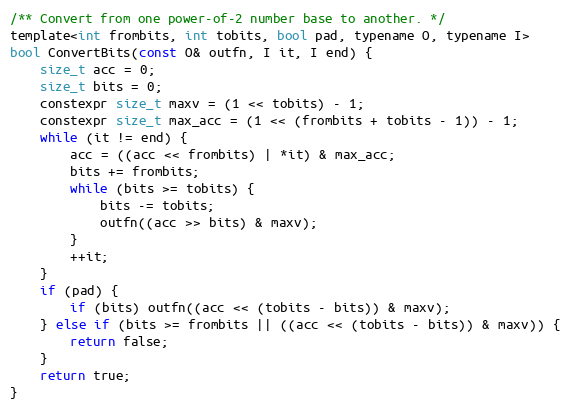
Language: C
/** Convert from one power-of-2 number base to another. */
template<int frombits, int tobits, bool pad, typename O, typename I>
bool ConvertBits(const O& outfn, I it, I end) {
    size_t acc = 0;
    size_t bits = 0;
    constexpr size_t maxv = (1 << tobits) - 1;
    constexpr size_t max_acc = (1 << (frombits + tobits - 1)) - 1;
    while (it != end) {
        acc = ((acc << frombits) | *it) & max_acc;
        bits += frombits;
        while (bits >= tobits) {
            bits -= tobits;
            outfn((acc >> bits) & maxv);
        }
        ++it;
    }
    if (pad) {
        if (bits) outfn((acc << (tobits - bits)) & maxv);
    } else if (bits >= frombits || ((acc << (tobits - bits)) & maxv)) {
        return false;
    }
    return true;
}